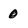
Character: 0